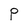
Character: P